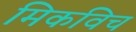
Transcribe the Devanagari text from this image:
मिकविच